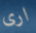
ارى